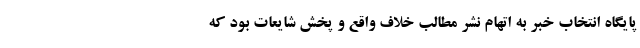
پایگاه انتخاب خبر به اتهام نشر مطالب خلاف واقع و پخش شایعات بود که